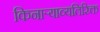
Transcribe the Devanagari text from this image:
किनाऱ्याव्यतिरिक्त